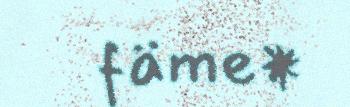
fäme*